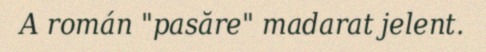
A román "pasăre" madarat jelent.